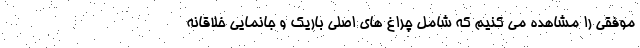
موفقی را مشاهده می کنیم که شامل چراغ های اصلی باریک و جانمایی خلاقانه